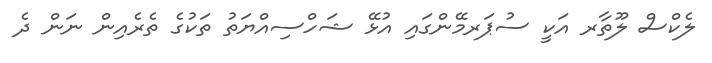
ލެކްސް ލޫތާރ އަކީ ސުޕަރމޭންގައި އުޅޭ ޝަހްސިއްޔަތު ތަކުގެ ތެރެއިން ނަން ދެ